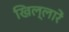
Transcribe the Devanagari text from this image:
खिल्लारें